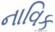
નાવિક